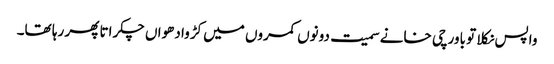
واپس نکلا تو باورچی خانے سمیت دونوں کمروں میں کڑوا دھواں چکراتا پھر رہا تھا۔